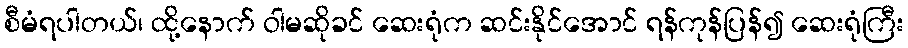
စီမံရပါတယ်၊ ထို့နောက် ဝါမဆိုခင် ဆေးရုံက ဆင်းနိုင်အောင် ရန်ကုန်ပြန်၍ ဆေးရုံကြီး